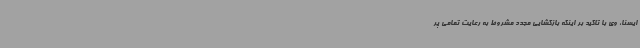
ایسنا، وی با تاکید بر اینکه بازگشایی مجدد مشروط به رعایت تمامی پر